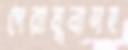
পেরামুনাসহ